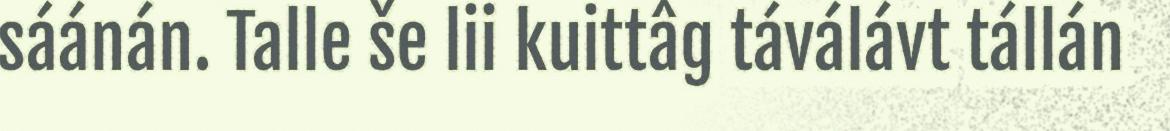
sáánán. Talle še lii kuittâg táválávt tállán